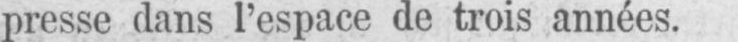
presse dans l’espace de trois années.